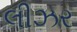
લીઝર